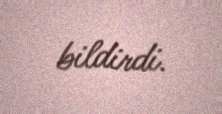
bildirdi.